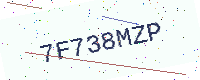
Text: 7F738MZP